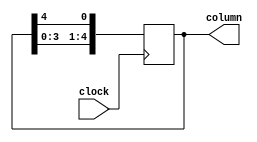
module led_column_alternator(clock, column);
	input clock;
	output reg [4:0] column;
	
	// Valor inicial da coluna
	initial begin
		column = 5'b00001; // Coluna 5 - MSB; Coluna 0 - LSB;
	end
	
	always @(posedge clock) begin
		column <= {column[3:0], column[4]}; // Desloca o bit mais significativo para o final, tornando ele o menos significativo.
	end
endmodule